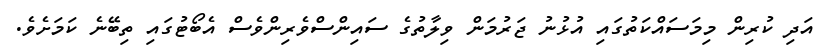
އަދި ކުރިން މިމަސައްކަތުގައި އުޅުނު ޖަރުމަން ވިލާތުގެ ސައިންސްވެރިންވެސް އެބޯޓުގައި ތިބޭނެ ކަމަށެވެ.